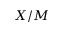
X / M